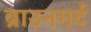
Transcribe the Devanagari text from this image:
ब्राउनगर्ट